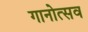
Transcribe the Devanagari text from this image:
गानोत्सव